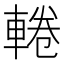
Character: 𨌫